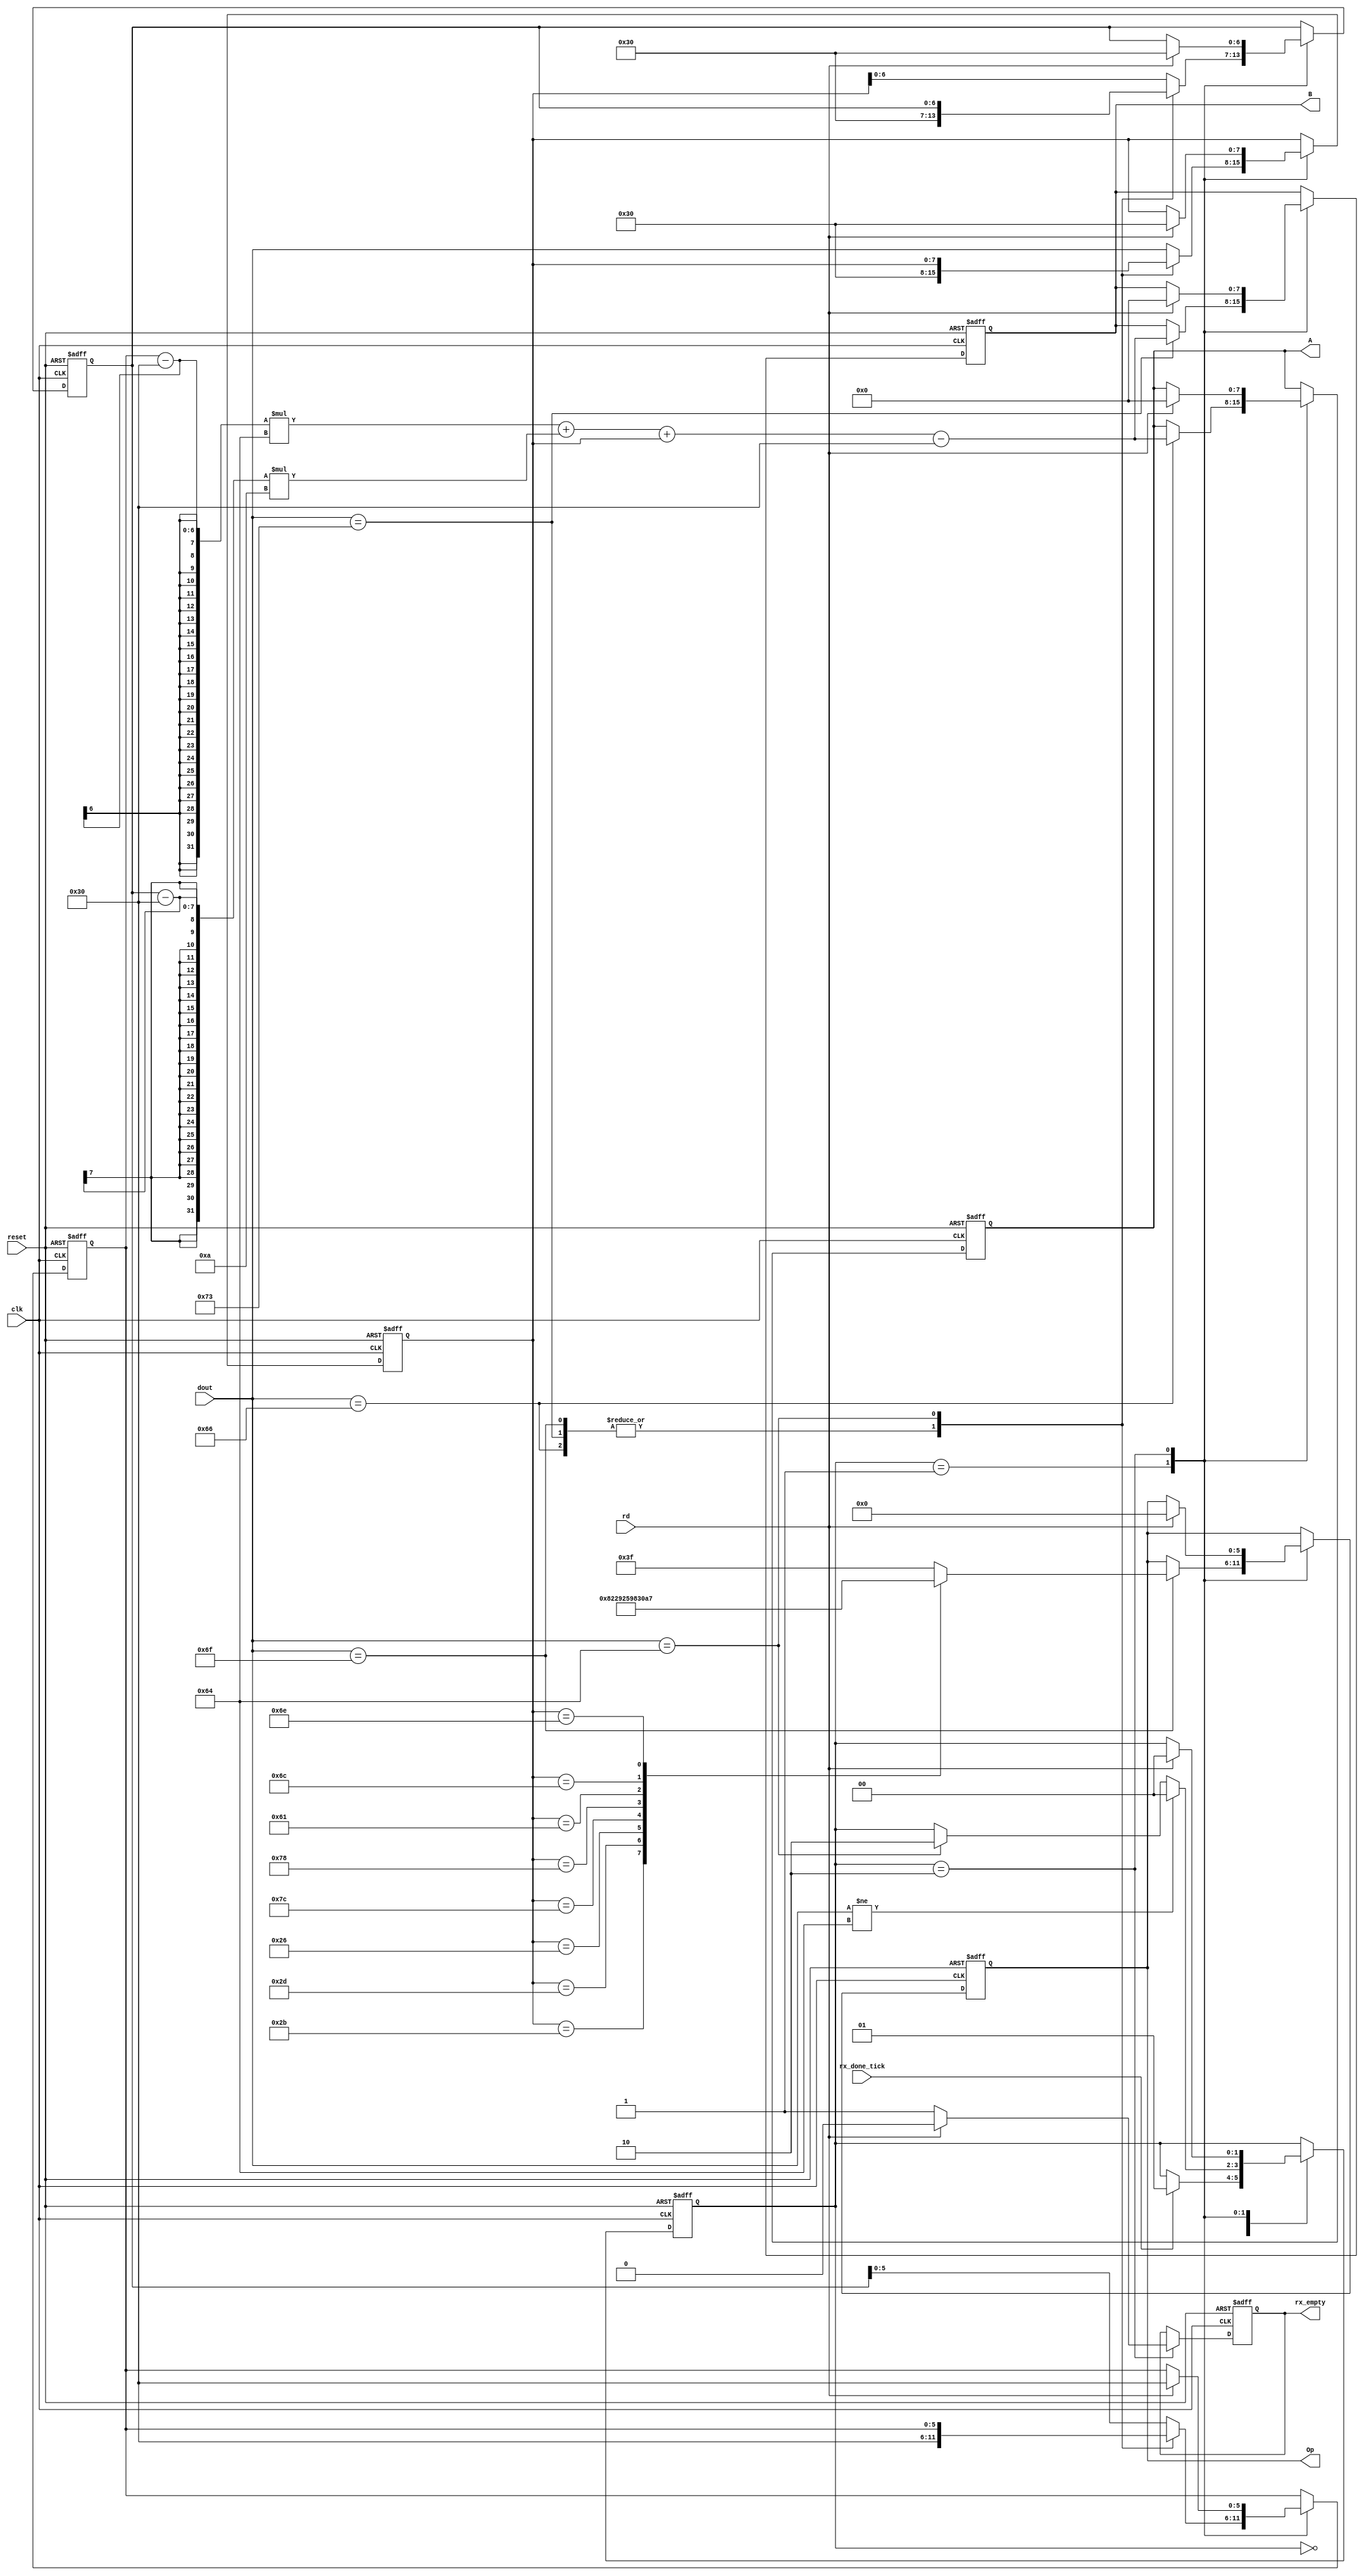
`timescale 1ns / 1ps

module rx_interface
	#(
	   parameter DBIT = 8			// # data bits
	   // SB_TICK = 16		// # ticks for stop bits
    )
	(
	   input wire clk, reset,rx_done_tick, rd,
	   input wire [7:0] dout,
	   output wire [7:0] A, B,
	   output wire [5:0] Op,
	   output reg rx_empty // Es 1 cuando llega una 'd', else 0
	);
	
	// symbolic state declaration
	localparam [1:0]
	idle = 2'b00,
	receive = 2'b01,
	transmit = 2'b10,
	clean = 2'b11;
	
	// signal declaration
	reg [1:0] state_reg;
	reg [7:0] first_op, second_op,aux;//, aux1, aux2;
	reg [5:0] aux2; // solo usa 6 bits, da un warning si le ponemos 8 bits
	reg [6:0] aux1; // solo usa 7 bits, da un warning si le ponemos 8 bits
	reg [5:0] op;
        
	// body
	// FSMD next-state logic
	always @(posedge clk , posedge reset)
	begin
        if (reset) 
            begin
                state_reg <= idle;
                first_op <= 0;
                second_op <= 0;
                op <= 0;
                aux <= 48; // aux, aux1 y aux2 los inicializamos en 0 (ascii=48)
                aux1 <= 48;
                aux2 <= 48;
                rx_empty <= 1'b0;
            end
        else
            begin
                case (state_reg)
                    idle :
                      if (rx_done_tick) state_reg = receive;
                    receive :
                      begin
                        case (dout)
                            102:                        //102: 'f' en ascii (first operand)
                                begin 
                                    first_op = (aux2-48)*100 + (aux1-48)*10 + aux-48; 
                                    aux  <= 48;
                                    aux1 <= 48;
                                    aux2 <= 48;
                                end
                            115:                        //115: 's' en ascii (second operand)
                                 begin
                                     second_op = (aux2-48)*100 + (aux1-48)*10 + aux-48;
                                     aux <= 48;
                                     aux1 <= 48;
                                     aux2 <= 48;
                                end
                            111:                        //111: 'o' en ascii (operation)  
                                begin                  
                                    case (aux)
                                        43: op = 32;     // + (suma)
                                        45: op = 34;     // -  (resta)
                                        38: op = 36;     // & (and)
                                        124: op = 37;    // | (or)
                                        120: op = 38;    // 'x' (xor)
                                        97: op = 3;      // 'a' (sra)
                                        108: op = 2;     // 'l' (srl)
                                        110: op = 39;    // 'n' (nor)
                                        default: op = -1;
                                    endcase
                                    aux <= 48;
                                    aux1 <= 48;
                                    aux2 <= 48;
                                end
                            100: state_reg = transmit; //100: 'd' en ascii (done)
                            default: // Actualizo los numeros que voy ingresando
                            //TODO VERIFICAR QUE NO SE MANDEN LETRAS EN 'aux'
                            begin
                                    aux2 = aux1;//se pede hacer mejor x10
                                    aux1 = aux; 
                                    aux  = dout;
                                end
                        endcase
                         if (dout!=100) state_reg = idle; // si no siempre vuelve a idle y nunca va a transmit
                      end
                  transmit :
                      begin
                          rx_empty = 1'b1;
                          if (rd) // Es 1 cuando tx_interface termina de transmitir, else 0
                            begin
                                state_reg = idle ;
                                rx_empty = 1'b0;
                                first_op = 0;
                                second_op = 0;
                                op = 0;
                                aux = 48; // aux, aux1 y aux2 los inicializamos en 0 (ascii=48)
                                aux1 = 48;
                                aux2 = 48;
                            end
                      end 
		        endcase //end case (state_reg)
		    end //end else
	end //end always

	// output
	assign A = first_op;
	assign B = second_op;
	assign Op = op;
	
endmodule